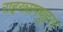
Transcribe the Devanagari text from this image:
राइख्सफ्यूहरर